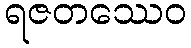
ရဇတဿေဝ